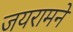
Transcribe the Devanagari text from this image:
जयरामने